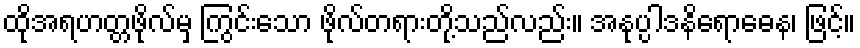
ထိုအရဟတ္တဖိုလ်မှ ကြွင်းသော ဖိုလ်တရားတို့သည်လည်း။ အနုပ္ပါဒနိရောဓေန၊ ဖြင့်။